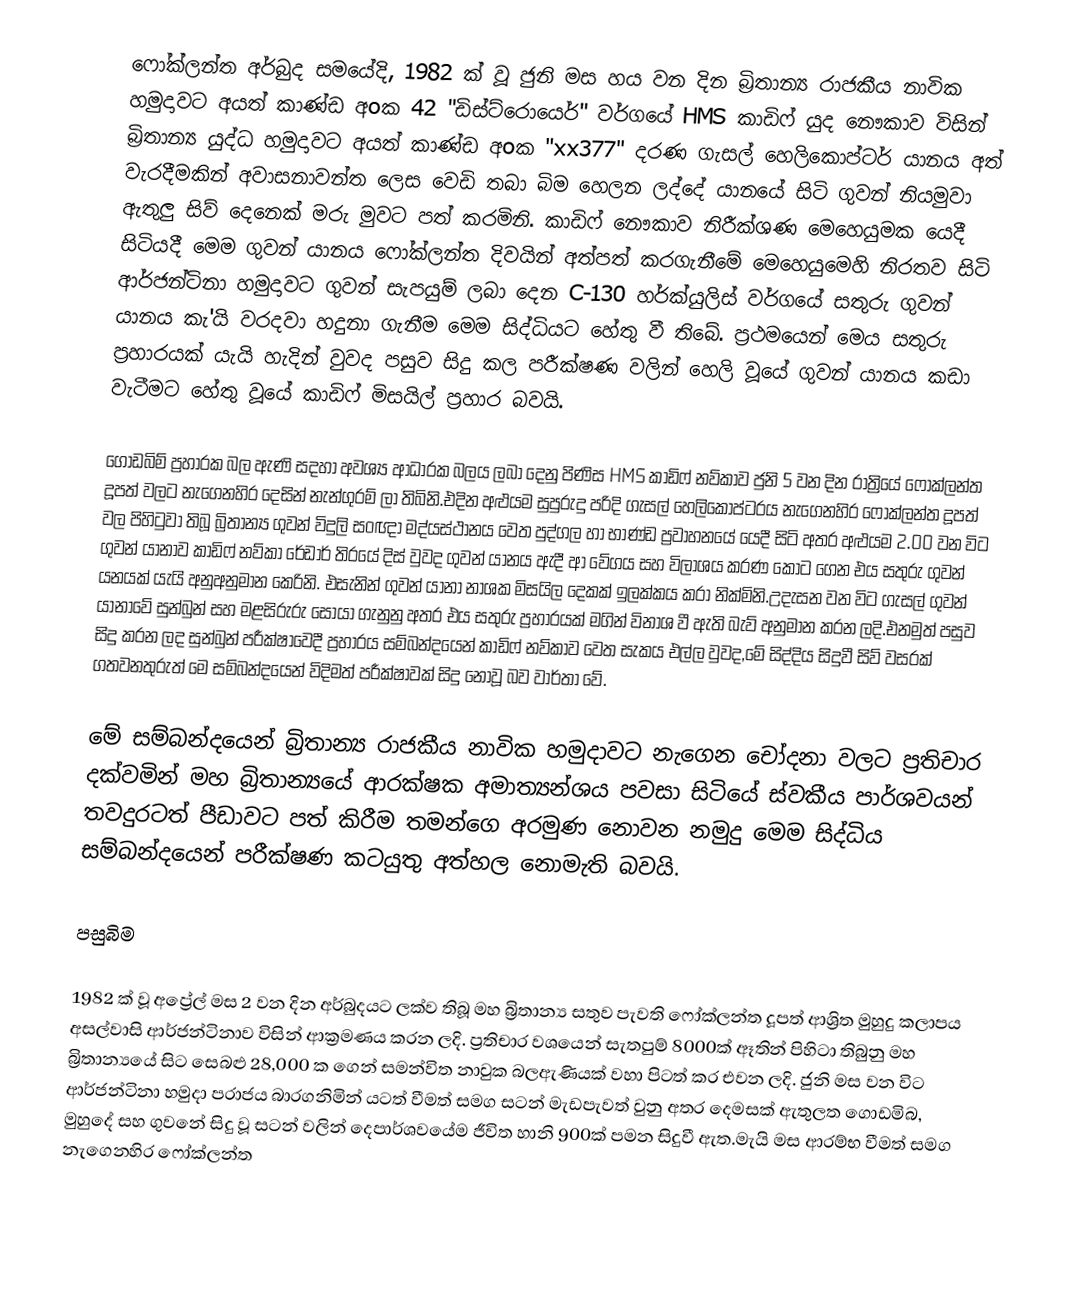
ෆෝක්ලන්ත අර්බුද සමයේදි, 1982 ක් වූ ජුනි මස හය වන දින බ්‍රිතාන්‍ය රාජකීය නාවික හමුදාවට අයත් කාණ්ඩ අoක 42 "ඩිස්ට්රොයෙර්" වර්ගයේ  HMS කාඩිෆ් යුද නෞකාව විසින් බ්‍රිතාන්‍ය යුද්ධ හමුදාවට අයත් කාණ්ඩ අoක "xx377" දරණ ගැසල් හෙලිකොප්ටර් යානය අත් වැරදීමකින් අවාසනාවන්ත ලෙස වෙඩි තබා බිම හෙලන ලද්දේ යානයේ සිටි ගුවන් නියමුවා ඇතුලු සිව් දෙනෙක් මරු මුවට පත් කරමිනි. කාඩිෆ් නෞකාව නිරීක්ශණ මෙහෙයුමක යෙදී සිටියදී මෙම ගුවන් යානය ෆෝක්ලන්ත දිවයින් අත්පත් කරගැනීමේ මෙහෙයුමෙහි නිරතව සිටි ආර්ජන්ටිනා හමුදාවට ගුවන් සැපයුම් ලබා දෙන C-130 හර්ක්යුලිස් වර්ගයේ සතුරු ගුවන් යානය කැ'යි වරදවා හදුනා ගැනීම මෙම සිද්ධියට හේතු වී තිබේ. ප්‍රථමයෙන් මෙය සතුරු ප්‍රහාරයක් යැයි හැදින් වුවද පසුව සිදු කල පරීක්ෂණ වලින් හෙලි වූයේ ගුවන් යානය කඩා වැටීමට හේතු වූයේ කාඩිෆ් මිසයිල් ප්‍රහාර බවයි.

ගොඩබිම් ප්‍රහාරක බල ඇණි සදහා අවශ්‍ය ආධාරක බලය ලබා දෙනු පිණිස HMS කාඩිෆ් නව්කාව ජුනි 5 වන දින රාත්‍රියේ ෆෝක්ලන්ත දූපත් වලට නැගෙනහිර දෙසින් නැන්ගුරම් ලා තිබිනි.එදින අළුයම සුපුරුදු පරිදි ගැසල් හෙලිකොප්ටරය නැගෙනහිර ෆෝක්ලන්ත දූපත් වල පිහිටුවා තිබූ බ්‍රිතාන්‍ය ගුවන් විදුලි සoඥා මද්යස්ථානය වෙත පුද්ගල හා භාණ්ඩ ප්‍රවාහනයේ යෙදී සිටි අතර අළුයම 2.00 වන විට ගුවන් යානාව කාඩිෆ් නව්කා රේඩාර් තිරයේ දිස් වුවද ගුවන් යානය ඇදී ආ වේගය සහ විලාශය කරණ කොට ගෙන එය සතුරු ගුවන් යනයක් යැයි අනුඅනුමාන කෙරිනි. එසැනින් ගුවන් යානා නාශක මිසයිල දෙකක් ඉලක්කය කරා නික්මිනි.උදැසන වන විට ගැසල් ගුවන් යානාවේ සුන්බුන් සහ මළසිරුරු සොයා ගැනුනු අතර එය සතුරු ප්‍රහාරයක් මගින් විනාශ වී ඇති බැව් අනුමාන කරන ලදි.එනමුත් පසුව සිදු කරන ලද සුන්බුන් පරීක්ෂාවෙදී ප්‍රහාරය සම්බන්දයෙන් කාඩිෆ් නව්කාව වෙත සැකය එල්ල වුවද,මේ සිද්දිය සිදුවී සිව් වසරක් ගතවනතුරුත් මෙ සම්බන්දයෙන් විදිමත් පරීක්ෂාවක් සිදු නොවූ බව වාර්තා වේ.

මේ සම්බන්දයෙන් බ්‍රිතාන්‍ය රාජකීය නාවික හමුදාවට නැගෙන චෝදනා වලට ප්‍රතිචාර දක්වමින් මහ බ්‍රිතාන්‍යයේ ආරක්ෂක අමාත්‍යන්ශය පවසා සිටියේ ස්වකීය පාර්ශවයන් තවදුරටත් පීඩාවට පත් කිරීම තමන්ගෙ අරමුණ නොවන නමුදු මෙම සිද්ධිය සම්බන්දයෙන් පරීක්ෂණ කටයුතු අත්හල නොමැති බවයි.

පසුබිම

1982 ක් වූ අප්‍රේල් මස 2 වන දින අර්බුදයට ලක්ව තිබූ මහ බ්‍රිතාන්‍ය සතුව පැවති ෆෝක්ලන්ත දූපත් ආශ්‍රිත මුහුදු කලාපය අසල්වාසි ආර්ජන්ටිනාව විසින් ආක්‍රමණය කරන ලදි. ප්‍රතිචාර වශයෙන් සැතපුම් 8000ක් ඈතින් පිහිටා තිබුනු මහ බ්‍රිතාන්‍යයේ සිට සෙබළු 28,000 ක ගෙන් සමන්විත නාවුක බලඇණියක් වහා පිටත් කර එවන ලදි. ජුනි මස වන විට ආර්ජන්ටිනා හමුදා පරාජය බාරගනිමින් යටත් වීමත් සමග සටන් මැඩපැවත් වුනු අතර දෙමසක් ඇතුලත ගොඩමිබ, මුහුදේ සහ ගුවනේ සිදු වූ සටන් වලින් දෙපාර්ශවයේම ජීවිත හානි 900ක් පමන සිදුවී ඇත.මැයි මස ආරම්භ වීමත් සමග නැගෙනහිර ෆෝක්ලන්ත